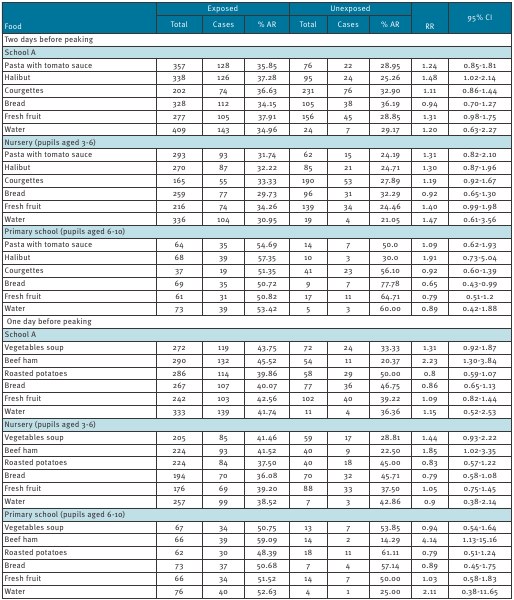
<table><thead><tr><td rowspan="2"><b> Food</b></td><td colspan="3"><b>Exposed</b></td><td colspan="3"><b>Unexposed</b></td><td rowspan="2"><b> RR</b></td><td rowspan="2"><b>95% CI</b></td></tr><tr><td><b>Total</b></td><td><b>Cases</b></td><td><b>% AR</b></td><td><b>Total</b></td><td><b>Cases</b></td><td><b>% AR</b></td></tr></thead><tbody><tr><td colspan="9"><b>Two days before peaking </b></td></tr><tr><td colspan="9">School A </td></tr><tr><td>Pasta with tomato sauce</td><td>357</td><td>128</td><td>35.85</td><td>76</td><td>22</td><td>28.95</td><td>1.24</td><td>0.85-1.81</td></tr><tr><td>Halibut</td><td>338</td><td>126</td><td>37.28</td><td>95</td><td>24</td><td>25.26</td><td>1.48</td><td>1.02-2.14</td></tr><tr><td>Courgettes</td><td>202</td><td>74</td><td>36.63</td><td>231</td><td>76</td><td>32.90</td><td>1.11</td><td>0.86-1.44</td></tr><tr><td>Bread</td><td>328</td><td>112</td><td>34.15</td><td>105</td><td>38</td><td>36.19</td><td>0.94</td><td>0.70-1.27</td></tr><tr><td>Fresh fruit</td><td>277</td><td>105</td><td>37.91</td><td>156</td><td>45</td><td>28.85</td><td>1.31</td><td>0.98-1.75</td></tr><tr><td>Water</td><td>409</td><td>143</td><td>34.96</td><td>24</td><td>7</td><td>29.17</td><td>1.20</td><td>0.63-2.27</td></tr><tr><td colspan="9">Nursery (pupils aged 3-6) </td></tr><tr><td>Pasta with tomato sauce</td><td>293</td><td>93</td><td>31.74</td><td>62</td><td>15</td><td>24.19</td><td>1.31</td><td>0.82-2.10</td></tr><tr><td>Halibut</td><td>270</td><td>87</td><td>32.22</td><td>85</td><td>21</td><td>24.71</td><td>1.30</td><td>0.87-1.96</td></tr><tr><td>Courgettes</td><td>165</td><td>55</td><td>33.33</td><td>190</td><td>53</td><td>27.89</td><td>1.19</td><td>0.92-1.67</td></tr><tr><td>Bread</td><td>259</td><td>77</td><td>29.73</td><td>96</td><td>31</td><td>32.29</td><td>0.92</td><td>0.65-1.30</td></tr><tr><td>Fresh fruit</td><td>216</td><td>74</td><td>34.26</td><td>139</td><td>34</td><td>24.46</td><td>1.40</td><td>0.99-1.98</td></tr><tr><td>Water</td><td>336</td><td>104</td><td>30.95</td><td>19</td><td>4</td><td>21.05</td><td>1.47</td><td>0.61-3.56</td></tr><tr><td colspan="9">Primary school (pupils aged 6-10)</td></tr><tr><td>Pasta with tomato sauce</td><td>64</td><td>35</td><td>54.69</td><td>14</td><td>7</td><td>50.0</td><td>1.09</td><td>0.62-1.93</td></tr><tr><td>Halibut</td><td>68</td><td>39</td><td>57.35</td><td>10</td><td>3</td><td>30.0</td><td>1.91</td><td>0.73-5.04</td></tr><tr><td>Courgettes</td><td>37</td><td>19</td><td>51.35</td><td>41</td><td>23</td><td>56.10</td><td>0.92</td><td>0.60-1.39</td></tr><tr><td>Bread</td><td>69</td><td>35</td><td>50.72</td><td>9</td><td>7</td><td>77.78</td><td>0.65</td><td>0.43-0.99</td></tr><tr><td>Fresh fruit</td><td>61</td><td>31</td><td>50.82</td><td>17</td><td>11</td><td>64.71</td><td>0.79</td><td>0.51-1.2</td></tr><tr><td>Water</td><td>73</td><td>39</td><td>53.42</td><td>5</td><td>3</td><td>60.00</td><td>0.89</td><td>0.42-1.88</td></tr><tr><td colspan="9"><b> One day before peaking</b></td></tr><tr><td colspan="9">School A</td></tr><tr><td>Vegetables soup</td><td>272</td><td>119</td><td>43.75</td><td>72</td><td>24</td><td>33.33</td><td>1.31</td><td>0.92-1.87</td></tr><tr><td><b>Beef ham</b></td><td><b>290</b></td><td><b>132</b></td><td><b>45.52</b></td><td><b>54</b></td><td><b>11</b></td><td><b>20.37</b></td><td><b>2.23</b></td><td><b>1.30-3.84</b></td></tr><tr><td>Roasted potatoes</td><td>286</td><td>114</td><td>39.86</td><td>58</td><td>29</td><td>50.00</td><td>0.8</td><td>0.59-1.07</td></tr><tr><td>Bread</td><td>267</td><td>107</td><td>40.07</td><td>77</td><td>36</td><td>46.75</td><td>0.86</td><td>0.65-1.13</td></tr><tr><td>Fresh fruit</td><td>242</td><td>103</td><td>42.56</td><td>102</td><td>40</td><td>39.22</td><td>1.09</td><td>0.82-1.44</td></tr><tr><td>Water</td><td>333</td><td>139</td><td>41.74</td><td>11</td><td>4</td><td>36.36</td><td>1.15</td><td>0.52-2.53</td></tr><tr><td colspan="9">Nursery (pupils aged 3-6)</td></tr><tr><td>Vegetables soup</td><td>205</td><td>85</td><td>41.46</td><td>59</td><td>17</td><td>28.81</td><td>1.44</td><td>0.93-2.22</td></tr><tr><td><b>Beef ham</b></td><td><b>224</b></td><td><b>93</b></td><td><b>41.52</b></td><td><b>40</b></td><td><b>9</b></td><td><b>22.50</b></td><td><b>1.85</b></td><td><b>1.02-3.35</b></td></tr><tr><td>Roasted potatoes</td><td>224</td><td>84</td><td>37.50</td><td>40</td><td>18</td><td>45.00</td><td>0.83</td><td>0.57-1.22</td></tr><tr><td>Bread</td><td>194</td><td>70</td><td>36.08</td><td>70</td><td>32</td><td>45.71</td><td>0.79</td><td>0.58-1.08</td></tr><tr><td>Fresh fruit</td><td>176</td><td>69</td><td>39.20</td><td>88</td><td>33</td><td>37.50</td><td>1.05</td><td>0.75-1.45</td></tr><tr><td>Water</td><td>257</td><td>99</td><td>38.52</td><td>7</td><td>3</td><td>42.86</td><td>0.9</td><td>0.38-2.14</td></tr><tr><td colspan="9">Primary school (pupils aged 6-10) </td></tr><tr><td>Vegetables soup</td><td>67</td><td>34</td><td>50.75</td><td>13</td><td>7</td><td>53.85</td><td>0.94</td><td>0.54-1.64</td></tr><tr><td><b>Beef ham</b></td><td><b>66</b></td><td><b>39</b></td><td><b>59.09</b></td><td><b>14</b></td><td><b>2</b></td><td><b>14.29</b></td><td><b>4.14</b></td><td><b>1.13-15.16</b></td></tr><tr><td>Roasted potatoes</td><td>62</td><td>30</td><td>48.39</td><td>18</td><td>11</td><td>61.11</td><td>0.79</td><td>0.51-1.24</td></tr><tr><td>Bread</td><td>73</td><td>37</td><td>50.68</td><td>7</td><td>4</td><td>57.14</td><td>0.89</td><td>0.45-1.75</td></tr><tr><td>Fresh fruit</td><td>66</td><td>34</td><td>51.52</td><td>14</td><td>7</td><td>50.00</td><td>1.03</td><td>0.58-1.83</td></tr><tr><td>Water</td><td>76</td><td>40</td><td>52.63</td><td>4</td><td>1</td><td>25.00</td><td>2.11</td><td>0.38-11.65</td></tr></tbody></table>